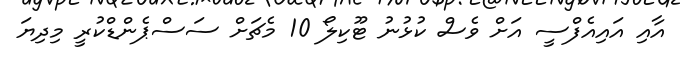
އާއި އައިއެފްސީ އަށް ވެސް ކުޅުނު ޓޫކިލޯ 10 މެޗަށް ސަސްޕެންޑްކުރީ މިދިޔަ